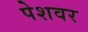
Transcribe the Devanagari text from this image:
पेशवर